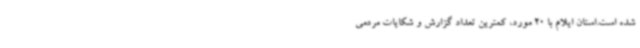
شده است.استان ایلام با 20 مورد، کمترین تعداد گزارش و شکایات مردمی